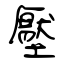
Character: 壓